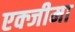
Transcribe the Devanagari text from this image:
एक्जीमा